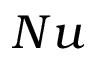
N u